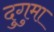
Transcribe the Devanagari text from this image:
दुगुमा